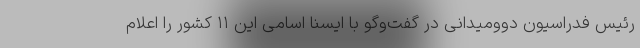
رئیس فدراسیون دوومیدانی در گفت‌وگو با ایسنا اسامی این ۱۱ کشور را اعلام